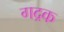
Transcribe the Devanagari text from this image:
गद्रक